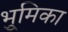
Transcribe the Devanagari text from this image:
भूुमिका